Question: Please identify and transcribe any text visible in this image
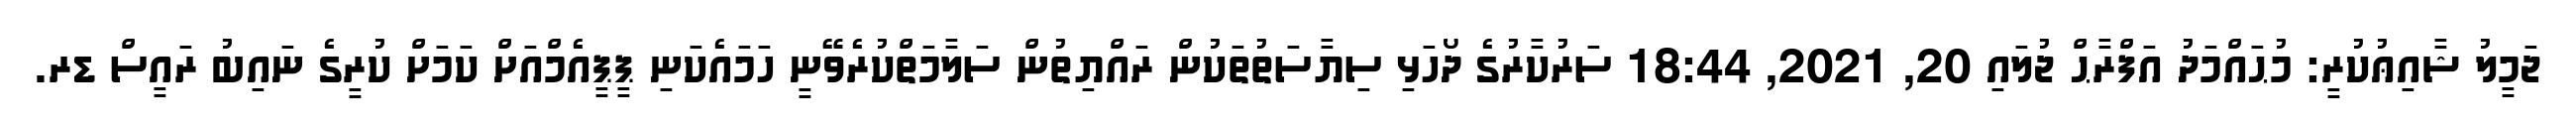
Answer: ޖަމީލު ޝާއިޢުކުރީ: މުޙައްމަދު އަފްރާޙް ޖުލައި 20, 2021, 18:44 ސަރުކާރުގެ ދޯހަޅި ސިޔާސަތުތަކުން ރައްޔިތުން ސަލާމަތްކުރެވޭނީ ހަމައެކަނި ޕީޕީއެމްއަށް ކަމަށް ކުރީގެ ނައިބު ރައީސް ޑރ.